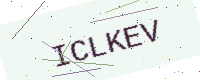
Text: ICLKEV